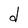
Character: d